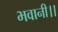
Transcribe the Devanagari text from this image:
भवानी।।